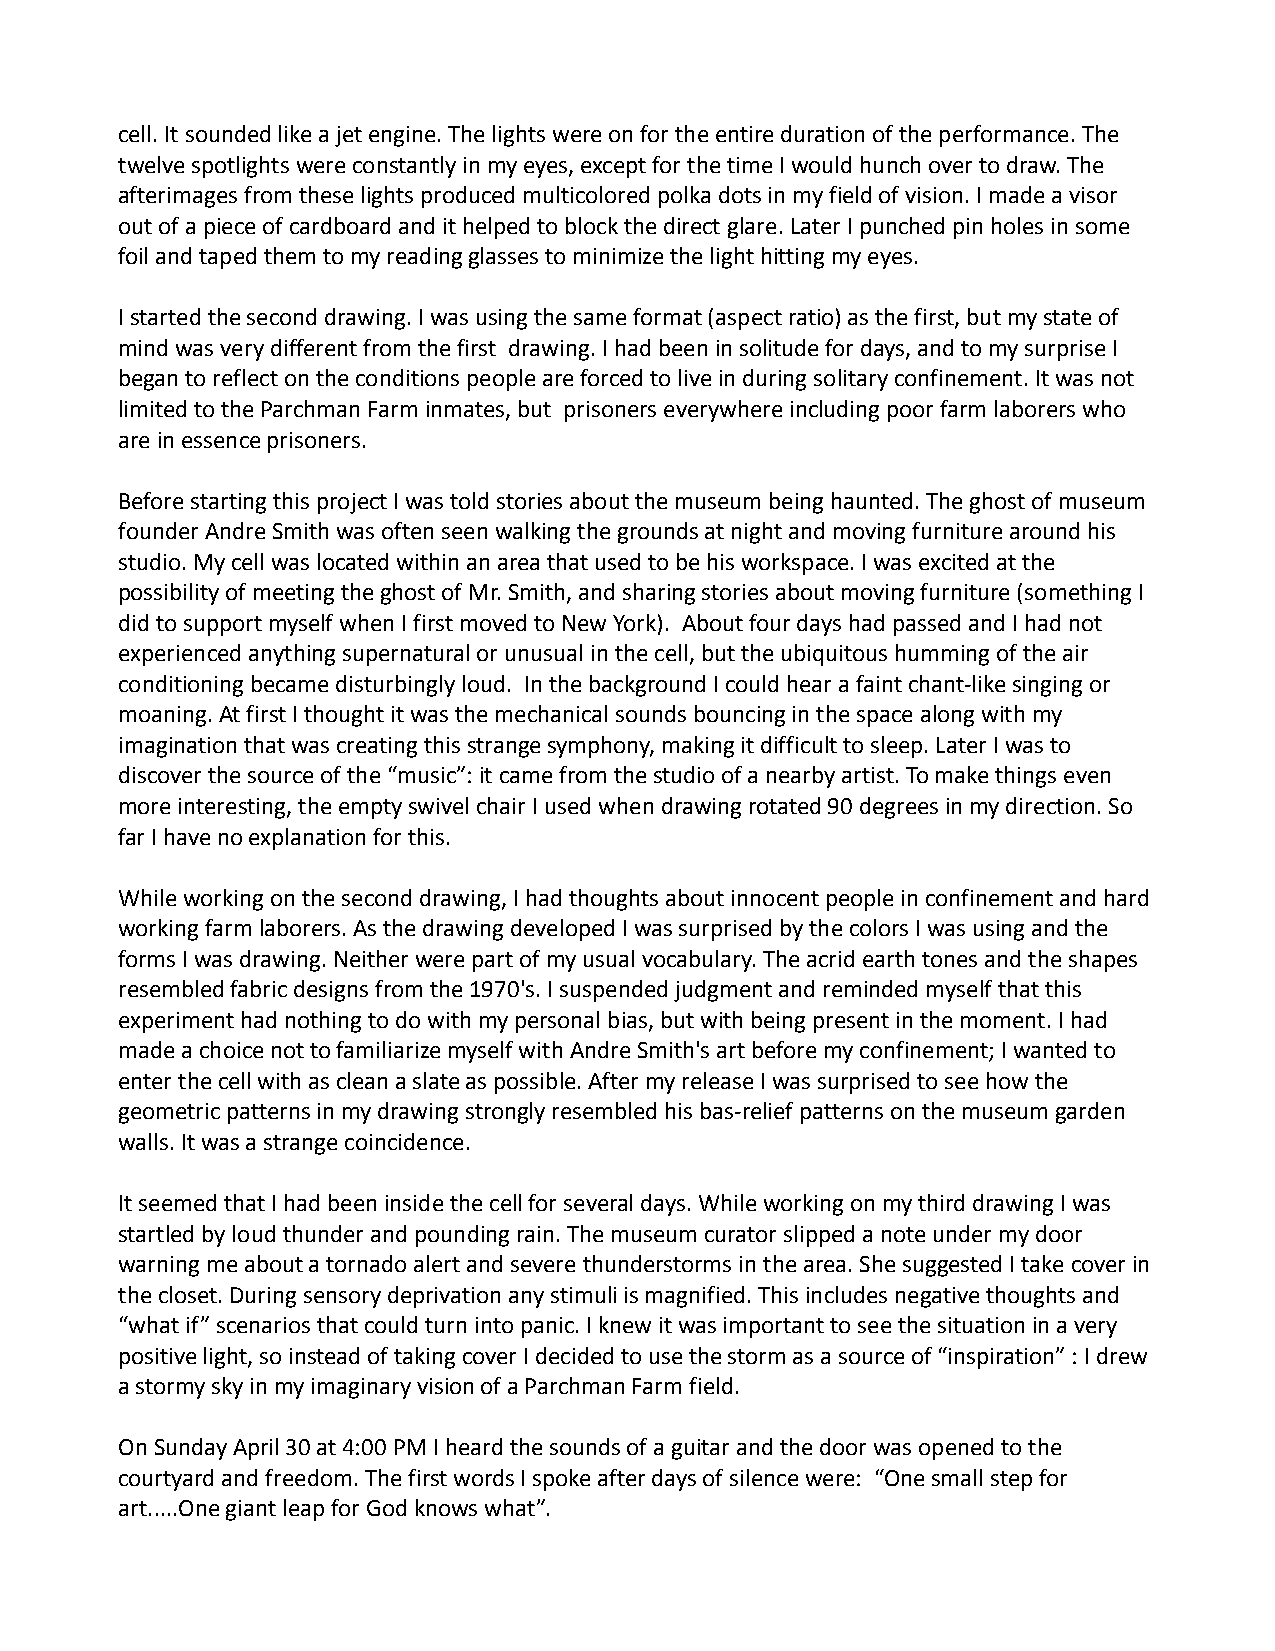
cell. It sounded like a jet engine. The lights were on for the entire duration of the performance. The
 twelve spotlights were constantly in my eyes, except for the time I would hunch over to draw. The
 afterimages from these lights produced multicolored polka dots in my field of vision. I made a visor
 out of a piece of cardboard and it helped to block the direct glare. Later I punched pin holes in some
 foil and taped them to my reading glasses to minimize the light hitting my eyes.
 I started the second drawing. I was using the same format (aspect ratio) as the first, but my state of
 mind was very different from the first drawing. I had been in solitude for days, and to my surprise I
 began to reflect on the conditions people are forced to live in during solitary confinement. It was not
 limited to the Parchman Farm inmates, but prisoners everywhere including poor farm laborers who
 are in essence prisoners.
 Before starting this project I was told stories about the museum being haunted. The ghost of museum
 founder Andre Smith was often seen walking the grounds at night and moving furniture around his
 studio. My cell was located within an area that used to be his workspace. I was excited at the
 possibility of meeting the ghost of Mr. Smith, and sharing stories about moving furniture (something I
 did to support myself when I first moved to New York). About four days had passed and I had not
 experienced anything supernatural or unusual in the cell, but the ubiquitous humming of the air
 conditioning became disturbingly loud. In the background I could hear a faint chant-like singing or
 moaning. At first I thought it was the mechanical sounds bouncing in the space along with my
 imagination that was creating this strange symphony, making it difficult to sleep. Later I was to
 discover the source of the “music”: it came from the studio of a nearby artist. To make things even
 more interesting, the empty swivel chair I used when drawing rotated 90 degrees in my direction. So
 far I have no explanation for this.
 While working on the second drawing, I had thoughts about innocent people in confinement and hard
 working farm laborers. As the drawing developed I was surprised by the colors I was using and the
 forms I was drawing. Neither were part of my usual vocabulary. The acrid earth tones and the shapes
 resembled fabric designs from the 1970's. I suspended judgment and reminded myself that this
 experiment had nothing to do with my personal bias, but with being present in the moment. I had
 made a choice not to familiarize myself with Andre Smith's art before my confinement; I wanted to
 enter the cell with as clean a slate as possible. After my release I was surprised to see how the
 geometric patterns in my drawing strongly resembled his bas-relief patterns on the museum garden
 walls. It was a strange coincidence.
 It seemed that I had been inside the cell for several days. While working on my third drawing I was
 startled by loud thunder and pounding rain. The museum curator slipped a note under my door
 warning me about a tornado alert and severe thunderstorms in the area. She suggested I take cover in
 the closet. During sensory deprivation any stimuli is magnified. This includes negative thoughts and
 “what if” scenarios that could turn into panic. I knew it was important to see the situation in a very
 positive light, so instead of taking cover I decided to use the storm as a source of “inspiration” : I drew
 a stormy sky in my imaginary vision of a Parchman Farm field.
 On Sunday April 30 at 4:00 PM I heard the sounds of a guitar and the door was opened to the
 courtyard and freedom. The first words I spoke after days of silence were: “One small step for
 art.....One giant leap for God knows what”.